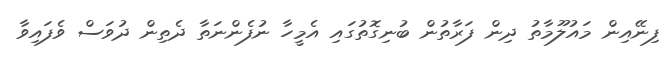
ފިނޭއިން މައުލޫމާތު ދިން ފަރާތުން ބުނިގޮތުގައި އެމީހާ ނުފެންނަތާ ދެތިން ދުވަސް ވެފައިވާ